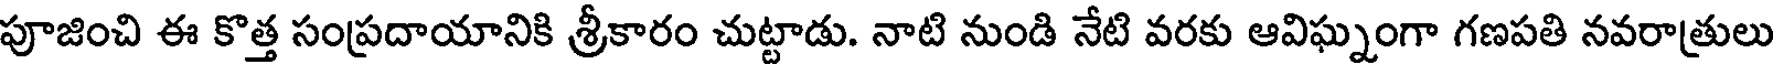
పూజించి ఈ కొత్త సంప్రదాయానికి శ్రీకారం చుట్టాడు. నాటి నుండి నేటి వరకు ఆవిఘ్నంగా గణపతి నవరాత్రులు